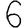
Digit: 6